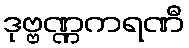
ဒုဗ္ဗဏ္ဏကရဏီ